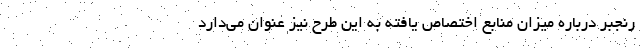
رنجبر درباره میزان منابع اختصاص یافته به این طرح نیز عنوان می‌دارد